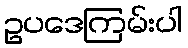
ဥပဒေကြမ်းပါ